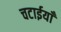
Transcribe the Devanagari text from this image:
चटाईयाँ